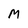
Character: M